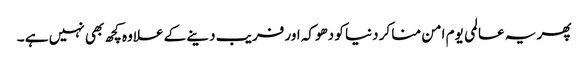
پھر یہ عالمی یوم امن منا کر دنیا کو دھوکہ اور فریب دینے کے علاوہ کچھ بھی نہیں ہے ۔